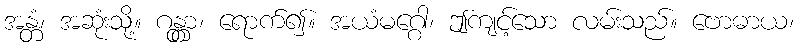
အန္တံ၊ အဆုံးသို့။ ဂန္တွာ၊ ရောက်၍။ အယံမဂ္ဂေါ၊ ဤကျင့်သော လမ်းသည်။ ဗောဓာယ၊